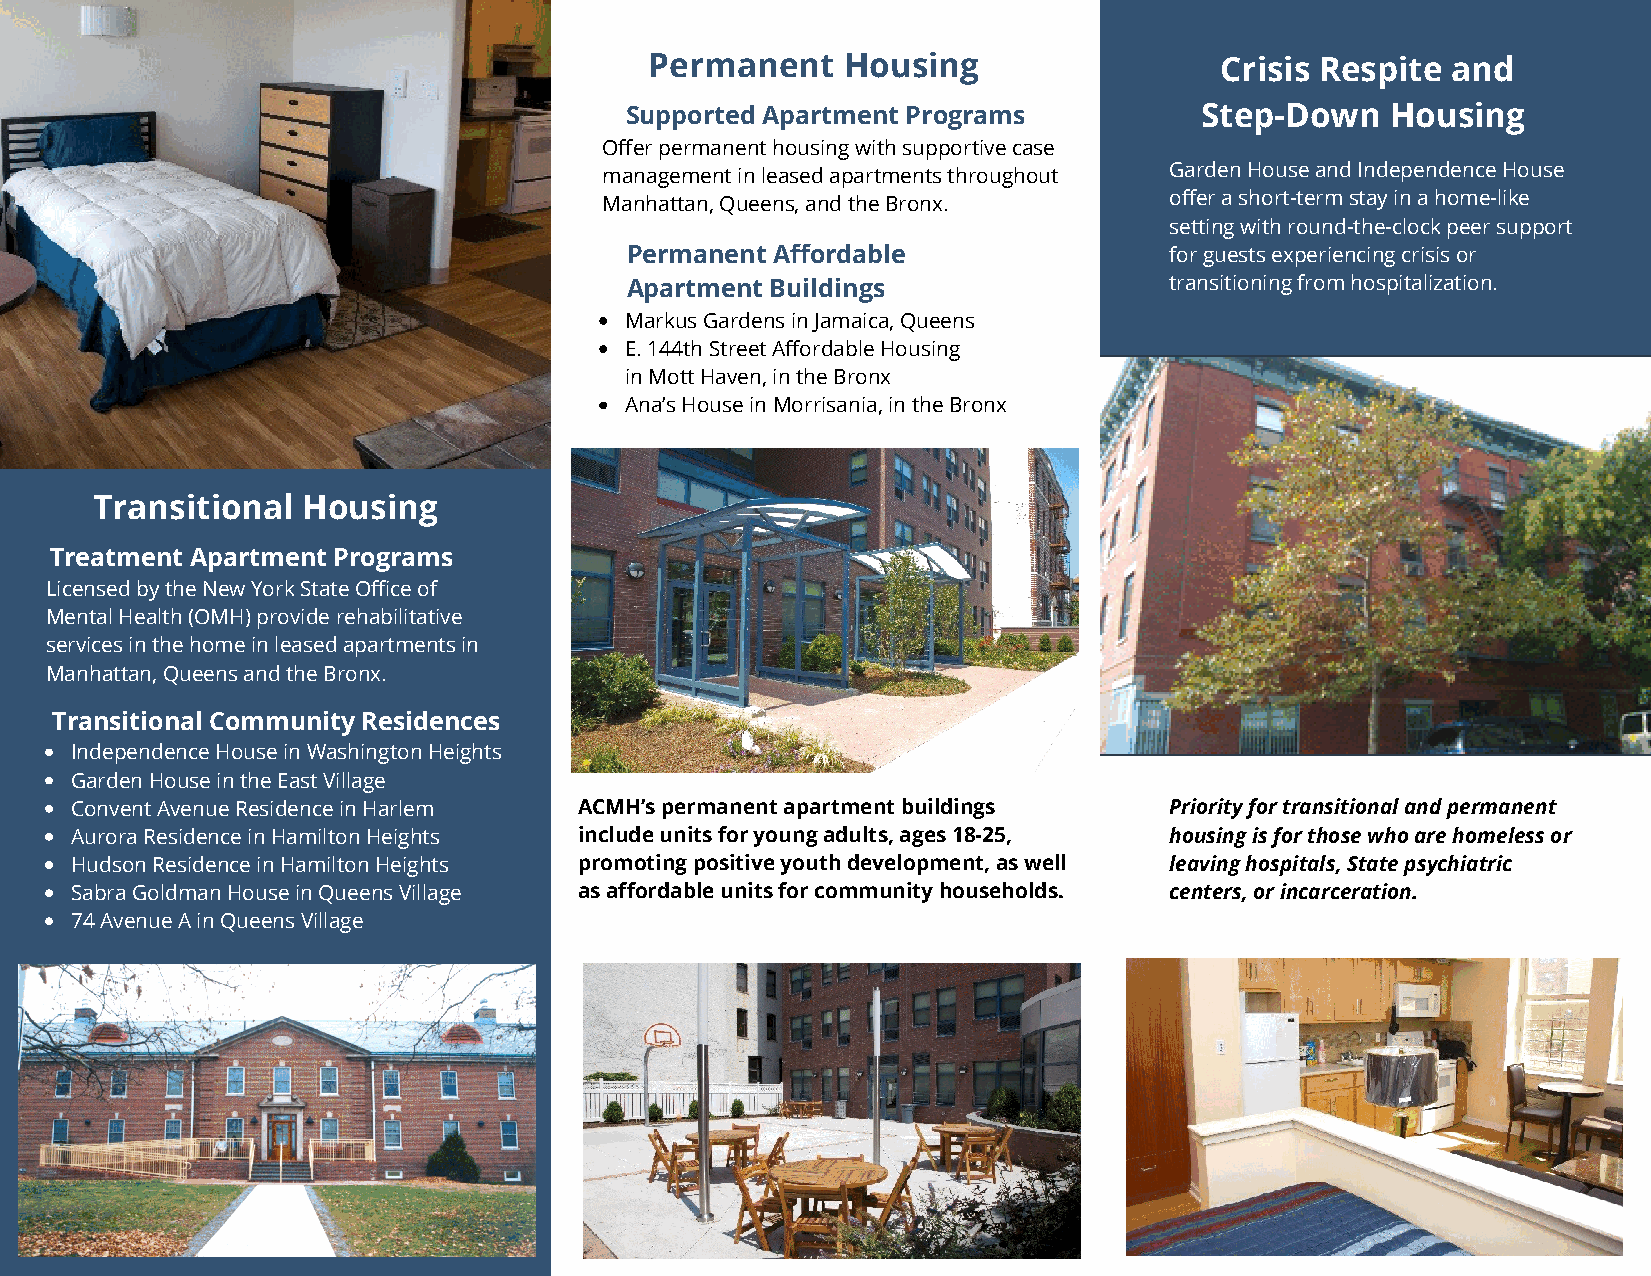
Permanent    Housing                  Crisis Respite and
 Supported Apartment Programs          Step-Down    Housing
 Offer permanent housing with supportive case
 management in leased apartments throughout Garden House and Independence House
 Manhattan, Queens, and the Bronx.    offer a short-term stay in a home-like
 setting with round-the-clock peer support
 Permanent Affor dable               for guests experiencing crisis or
 Apartment Buildings                 transitioning from hospitalization.
 Markus Gardens in Jamaica, Queens
 E. 144th Street Affordable Housing
 in Mott Haven, in the Bronx
 Ana’s House in Morrisania, in the Bronx
 Transitional  Housing
 Treatment Apartment Programs
 Licensed by the New York State Office of
 Mental Health (OMH) provide rehabilitative
 services in the home in leased apartments in
 Manhattan, Queens and the Bronx.
 Transitional Community Residences
 Independence House in Washington Heights
 Garden House in the East Village
 Convent Avenue Residence in Harlem ACMH’s permanent apartment buildings Priority for transitional and permanent
 Aurora Residence in Hamilton Heights include units for young adults, ages 18-25, housing is for those who are homeless or
 Hudson Residence in Hamilton Heights promoting positive youth development, as well leaving hospitals, State psychiatric
 Sabra Goldman House in Queens Village as affordable units for community households. centers, or incarceration.
 74 Avenue A in Queens Village